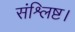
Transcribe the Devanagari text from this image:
संश्लिष्ट।